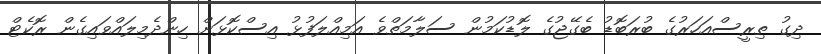
ދިގު ތިރީސްއަހަރުގެ ބުރަބޮޑު ބެގޭޖުގެ ލޮޑުކަމުން ސަލާމަތްވެ އަމިއްލަފުޅު އިސްކޮޅަށް ހިންދެމިލައްވައިގެން ރޮކެޓް